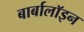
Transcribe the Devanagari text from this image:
बार्बालॉइन